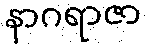
နာဂရာဇာ